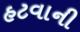
હટવાની